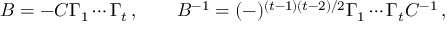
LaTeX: B = - { \cal C } \Gamma _ { 1 } \cdots \Gamma _ { t } \, , \qquad B ^ { - 1 } = ( - ) ^ { ( t - 1 ) ( t - 2 ) / 2 } \Gamma _ { 1 } \cdots \Gamma _ { t } { \cal C } ^ { - 1 } \, ,